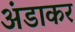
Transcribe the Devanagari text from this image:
अंडाकर